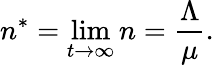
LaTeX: n^{*}=\operatorname*{lim}_{t\to\infty}n=\frac{\Lambda}{\mu}.